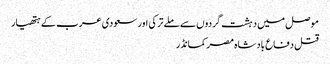
موصل میں دہشت گردوں سے ملے ترکی اور سعودی عرب کے ہتھیار
قتل دفاع بادشاہ مصر کمانڈر